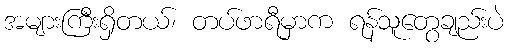
အများကြီးရှိတယ်၊ တပ်ဖာရီမှာက ရန်သူတွေချည်းပဲ